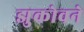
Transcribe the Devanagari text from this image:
झुकोवने